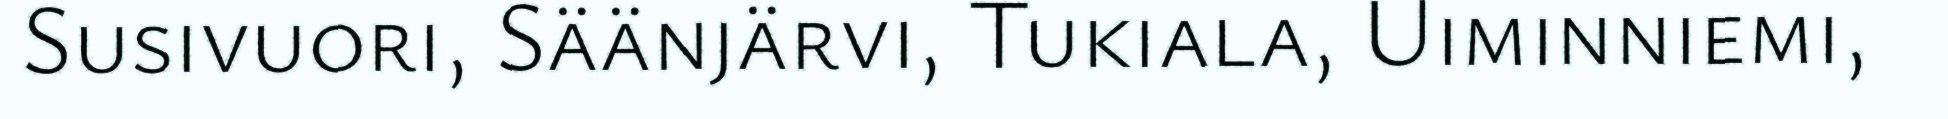
Susivuori, Säänjärvi, Tukiala, Uiminniemi,